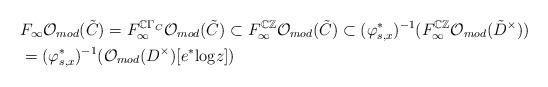
LaTeX: \begin{align*}& F_\infty\mathcal O_{mod}(\tilde C)=F_\infty^{\mathbb C\Gamma_C}\mathcal O_{mod}(\tilde C)\subset F_\infty^{\mathbb C\mathbb Z}\mathcal O_{mod}(\tilde C)\subset(\varphi_{s,x}^*)^{-1}(F_\infty^{\mathbb C\mathbb Z}\mathcal O_{mod}(\tilde D^\times))\\ & =(\varphi_{s,x}^*)^{-1}(\mathcal O_{mod}(D^\times)[e^*\mathrm{log}z]) \end{align*}